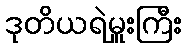
ဒုတိယရဲမှူးကြီး